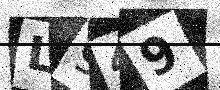
Text: L949